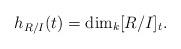
LaTeX: \begin{align*}h_{R/I}(t) = \dim_k [R/I]_t.\end{align*}